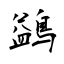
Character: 鷁